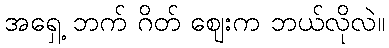
အရှေ့ ဘက် ဂိတ် ဈေးက ဘယ်လိုလဲ။